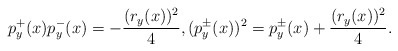
\begin{align*}p_y^+(x)p_y^-(x)=-\frac{(r_y(x))^2}{4},(p_y^\pm(x))^2=p_y^\pm(x)+\frac{(r_y(x))^2}{4}.\end{align*}